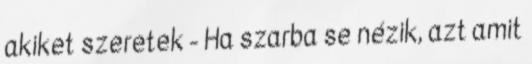
akiket szeretek - Ha szarba se nézik, azt amit